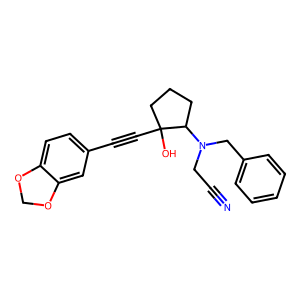
SMILES: N#CCN(Cc1ccccc1)C1CCCC1(O)C#Cc1ccc2c(c1)OCO2
Inhibits HIV replication: No